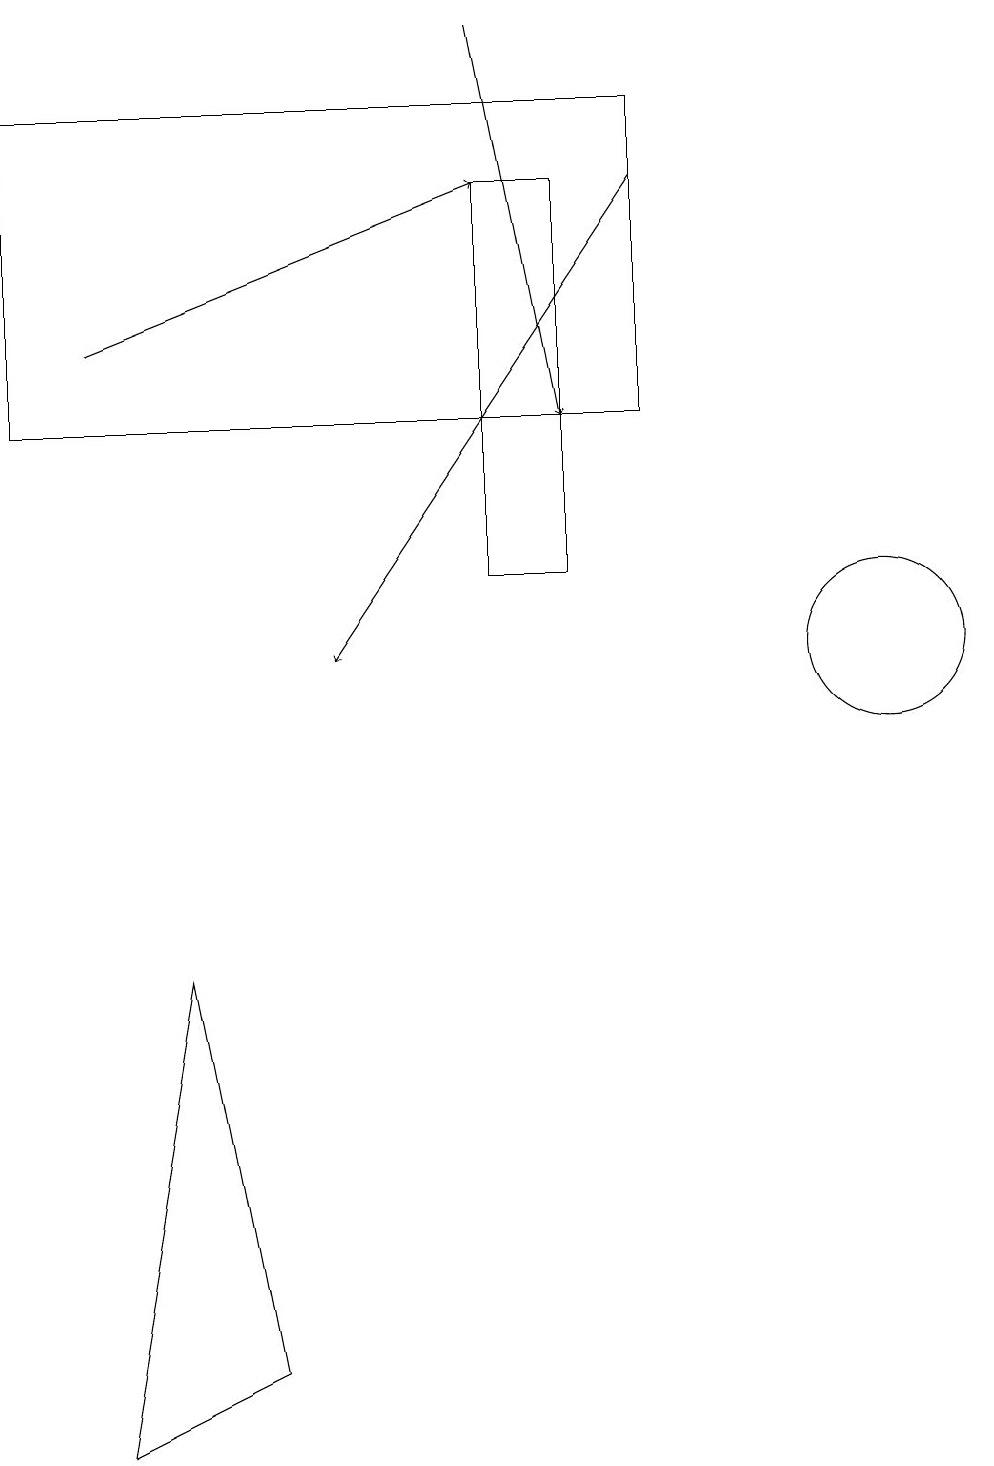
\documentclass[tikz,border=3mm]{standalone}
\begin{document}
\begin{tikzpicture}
\draw (1,14) rectangle (9,18);
\draw (3,7) -- (4,2) -- (2,1) -- cycle;
\draw (7,18) rectangle (1,18);
\draw (12,11) circle (1);
\draw[->] (9,17) -- (5,11);
\draw (8,17) rectangle (7,12);
\draw[->] (2,15) -- (7,17);
\draw[->] (7,19) -- (8,14);
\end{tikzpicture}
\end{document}